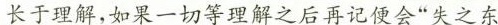
长于理解，如果一切等理解之后再记便会”失之东